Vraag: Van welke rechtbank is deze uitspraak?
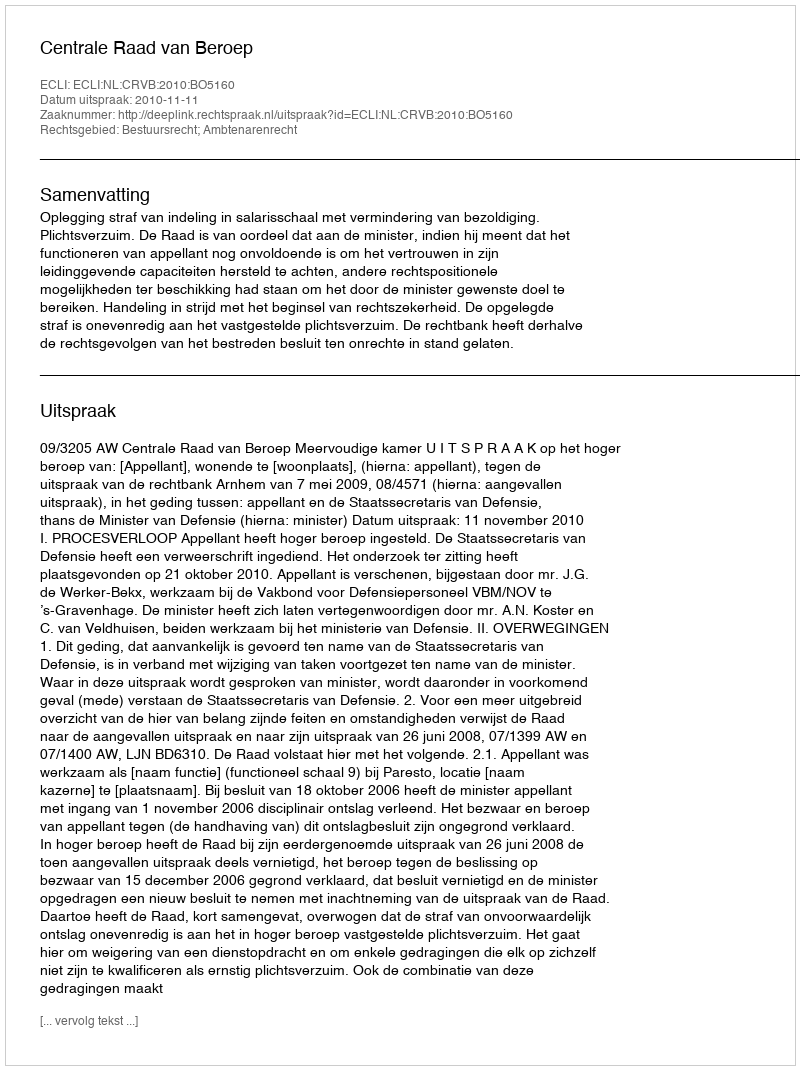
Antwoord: Centrale Raad van Beroep